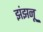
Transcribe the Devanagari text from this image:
झंझनू